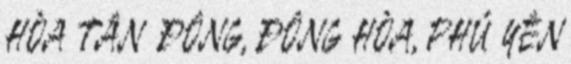
HÒA TÂN ĐÔNG, ĐÔNG HÒA, PHÚ YÊN